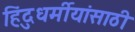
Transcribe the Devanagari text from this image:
हिंदुधर्मीयांसाठी